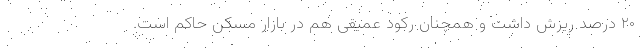
۲۰ درصد ریزش داشت و همچنان رکود عمیقی هم در بازار مسکن حاکم است.